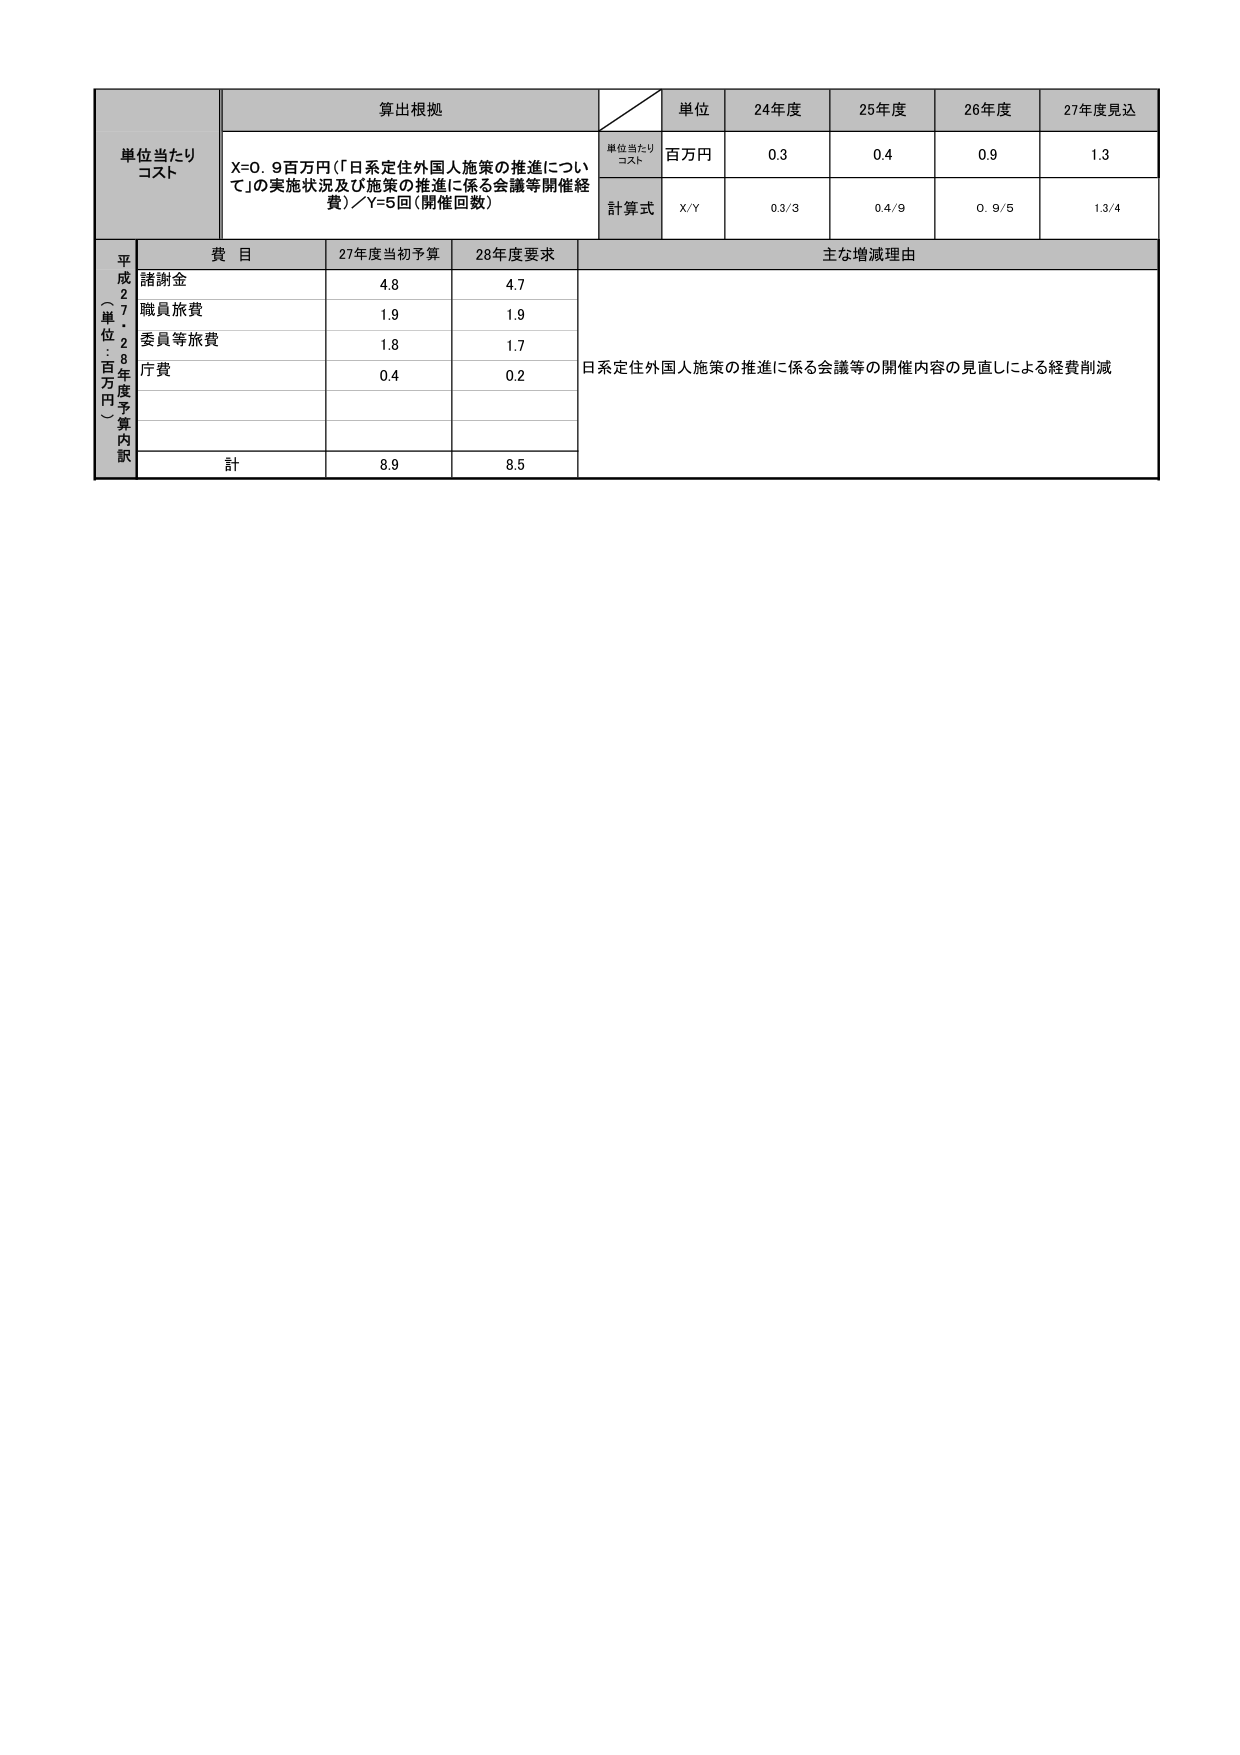
単位当たり
コスト

算出根拠
X=0.9百万円（「日系定住外国人施策の推進について」の実施状況及び施策の推進に係る会議等開催経費）／Y=5回（開催回数）

単位
単位当たり
コスト
百万円
24年度
0.3
25年度
0.4
26年度
0.9
27年度見込
1.3

計算式
X/Y
0.3/3
0.4/9
0.9/5
1.3/4

平成27・28年度予算内訳
（単位：百万円）

費目
27年度当初予算
28年度要求
主な増減理由

諸謝金
4.8
4.7

職員旅費
1.9
1.9

委員等旅費
1.8
1.7

庁費
0.4
0.2

日系定住外国人施策の推進に係る会議等の開催内容の見直しによる経費削減

計
8.9
8.5